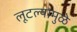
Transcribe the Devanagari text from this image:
लूटल्यामुळे